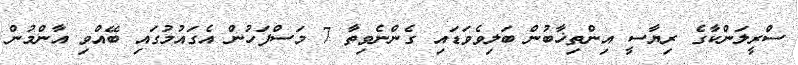
ސްރީލަންކާގެ ރިޔާސީ އިންތިޚާބުން ބަލިވެވަޑައި ގެންނެވިތާ 7 މަސްފަހުން އެގައުމުގައި ބޭއްވި އާންމުން